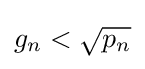
g_{n}<{\sqrt {p_{n}}}